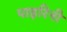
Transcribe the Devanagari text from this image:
पाइरिनी